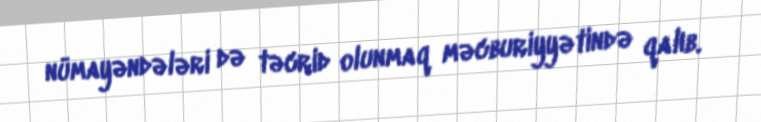
nümayəndələri də təcrid olunmaq məcburiyyətində qalıb.